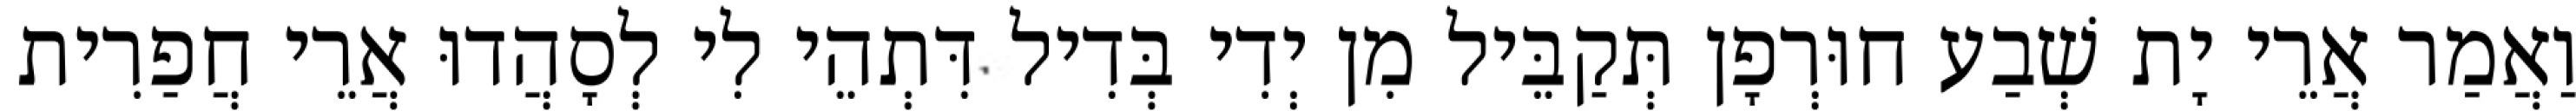
וַאֲמַר אֲרֵי יָת שְׁבַע חוּרְפָן תְּקַבֵּיל מִן יְדִי בְּדִיל דִּתְהֵי לִי לְסָהֲדוּ אֲרֵי חֲפַרִית